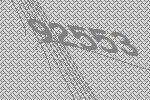
92553